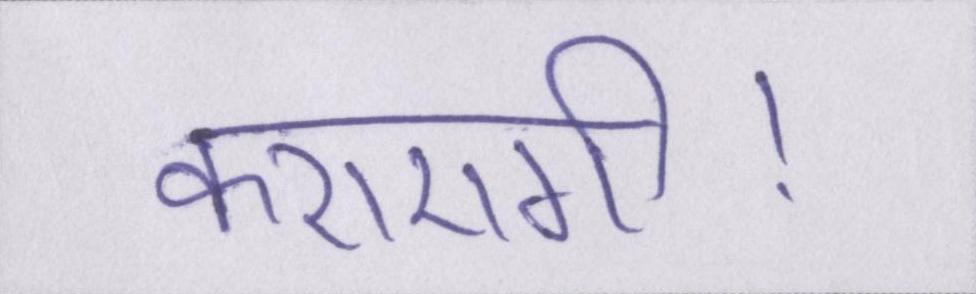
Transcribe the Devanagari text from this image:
कराएगी।